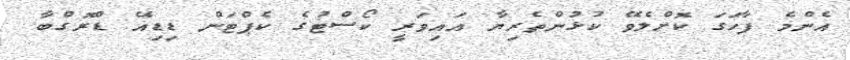
އެންމެ ފާހަގަ ކޮށްލެވޭ ކުޅުންތެރިޔާ އައިވަރީ ކޯސްޓުގެ ކެޕްޓަން ޑިޑިއޭ ޑްރޮގްބާ